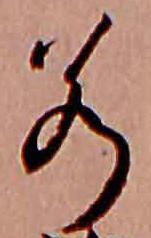
若